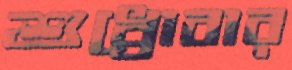
শুধ্‌রোবার